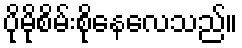
ပိုမိုစိမ်းစိုနေလေသည်။